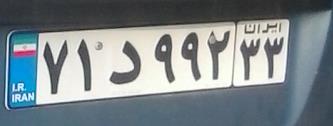
۷۱د۹۹۲۳۳